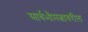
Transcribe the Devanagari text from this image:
सार्वभौमत्वावरील